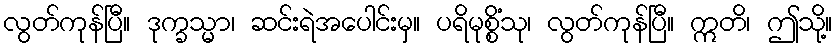
လွတ်ကုန်ပြီ။ ဒုက္ခသ္မာ၊ ဆင်းရဲအပေါင်းမှ။ ပရိမုစ္စိံသု၊ လွတ်ကုန်ပြီ။ ဣတိ၊ ဤသို့။